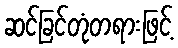
ဆင်ခြင်တုံတရားဖြင့်